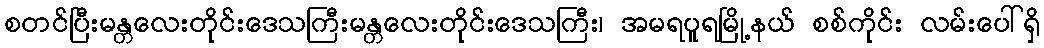
စတင်ပြီးမန္တလေးတိုင်းဒေသကြီးမန္တလေးတိုင်းဒေသကြီး၊ အမရပူရမြို့နယ် စစ်ကိုင်း လမ်းပေါ်ရှိ